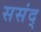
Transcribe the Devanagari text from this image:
ससंद्